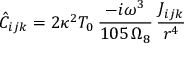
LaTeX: \hat { C } _ { i j k } = 2 \kappa ^ { 2 } T _ { 0 } \, \frac { - i \omega ^ { 3 } } { 1 0 5 \, \Omega _ { 8 } } \, \frac { J _ { i j k } } { r ^ { 4 } }